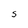
Character: S